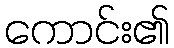
ကောင်း၏